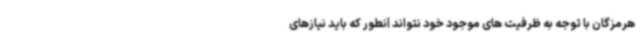
هرمزگان با توجه به ظرفیت های موجود خود نتواند آنطور که باید نیازهای